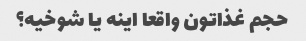
حجم غذاتون واقعا اینه یا شوخیه؟